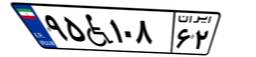
۹۵W۱۰۸۶۲